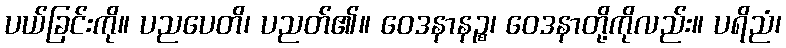
ပယ်ခြင်းကို။ ပညပေတိ၊ ပညတ်၏။ ဝေဒနာနဉ္စ၊ ဝေဒနာတို့ကိုလည်း။ ပရိညံ၊